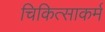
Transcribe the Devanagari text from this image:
चिकित्साकर्म